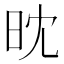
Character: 𣅟